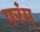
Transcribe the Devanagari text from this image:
परंम्